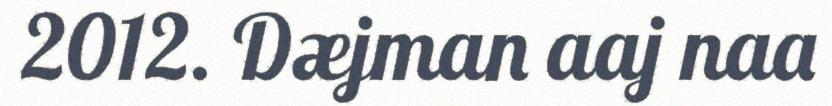
2012. Dæjman aaj naa